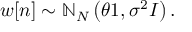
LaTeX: w [ n ] \sim \mathbb { N } _ { N } \left( \theta { \boldsymbol { 1 } } , \sigma ^ { 2 } { \boldsymbol { I } } \right) .